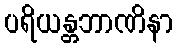
ပရိယန္တဘာဏိနာ